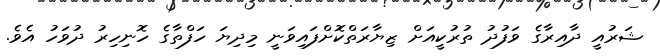
ޝަރުއީ ދާއިރާގެ ވަފުދު ތުރުކީއަށް ޒިޔާރަތްކޮށްފައިވަނީ މިދިޔަ ހަފްތާގެ ހޮނިހިރު ދުވަހު އެވެ.